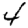
Digit: 4